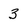
Character: 3